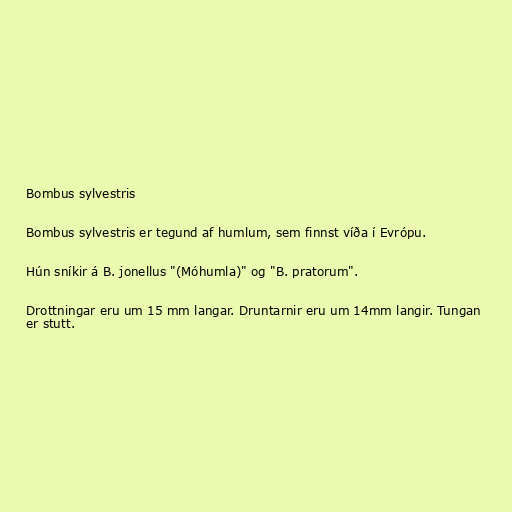
Bombus sylvestris

Bombus sylvestris er tegund af humlum, sem finnst víða í Evrópu.

Hún sníkir á B. jonellus "(Móhumla)" og "B. pratorum".

Drottningar eru um 15 mm langar. Druntarnir eru um 14mm langir. Tungan
er stutt.